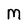
Character: M